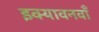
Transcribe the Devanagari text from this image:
इक्यावनवाँ